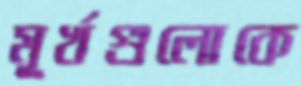
মূর্খগুলোকে